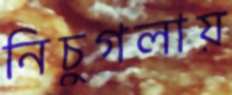
নিচুগলায়